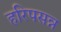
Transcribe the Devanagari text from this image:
हरिपसन्न